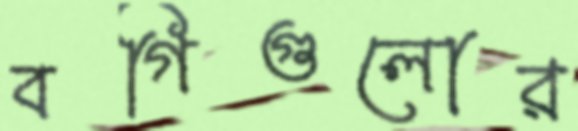
বগিগুলোর